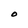
Character: O